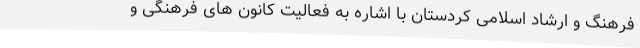
فرهنگ و ارشاد اسلامی کردستان با اشاره به فعالیت کانون های فرهنگی و